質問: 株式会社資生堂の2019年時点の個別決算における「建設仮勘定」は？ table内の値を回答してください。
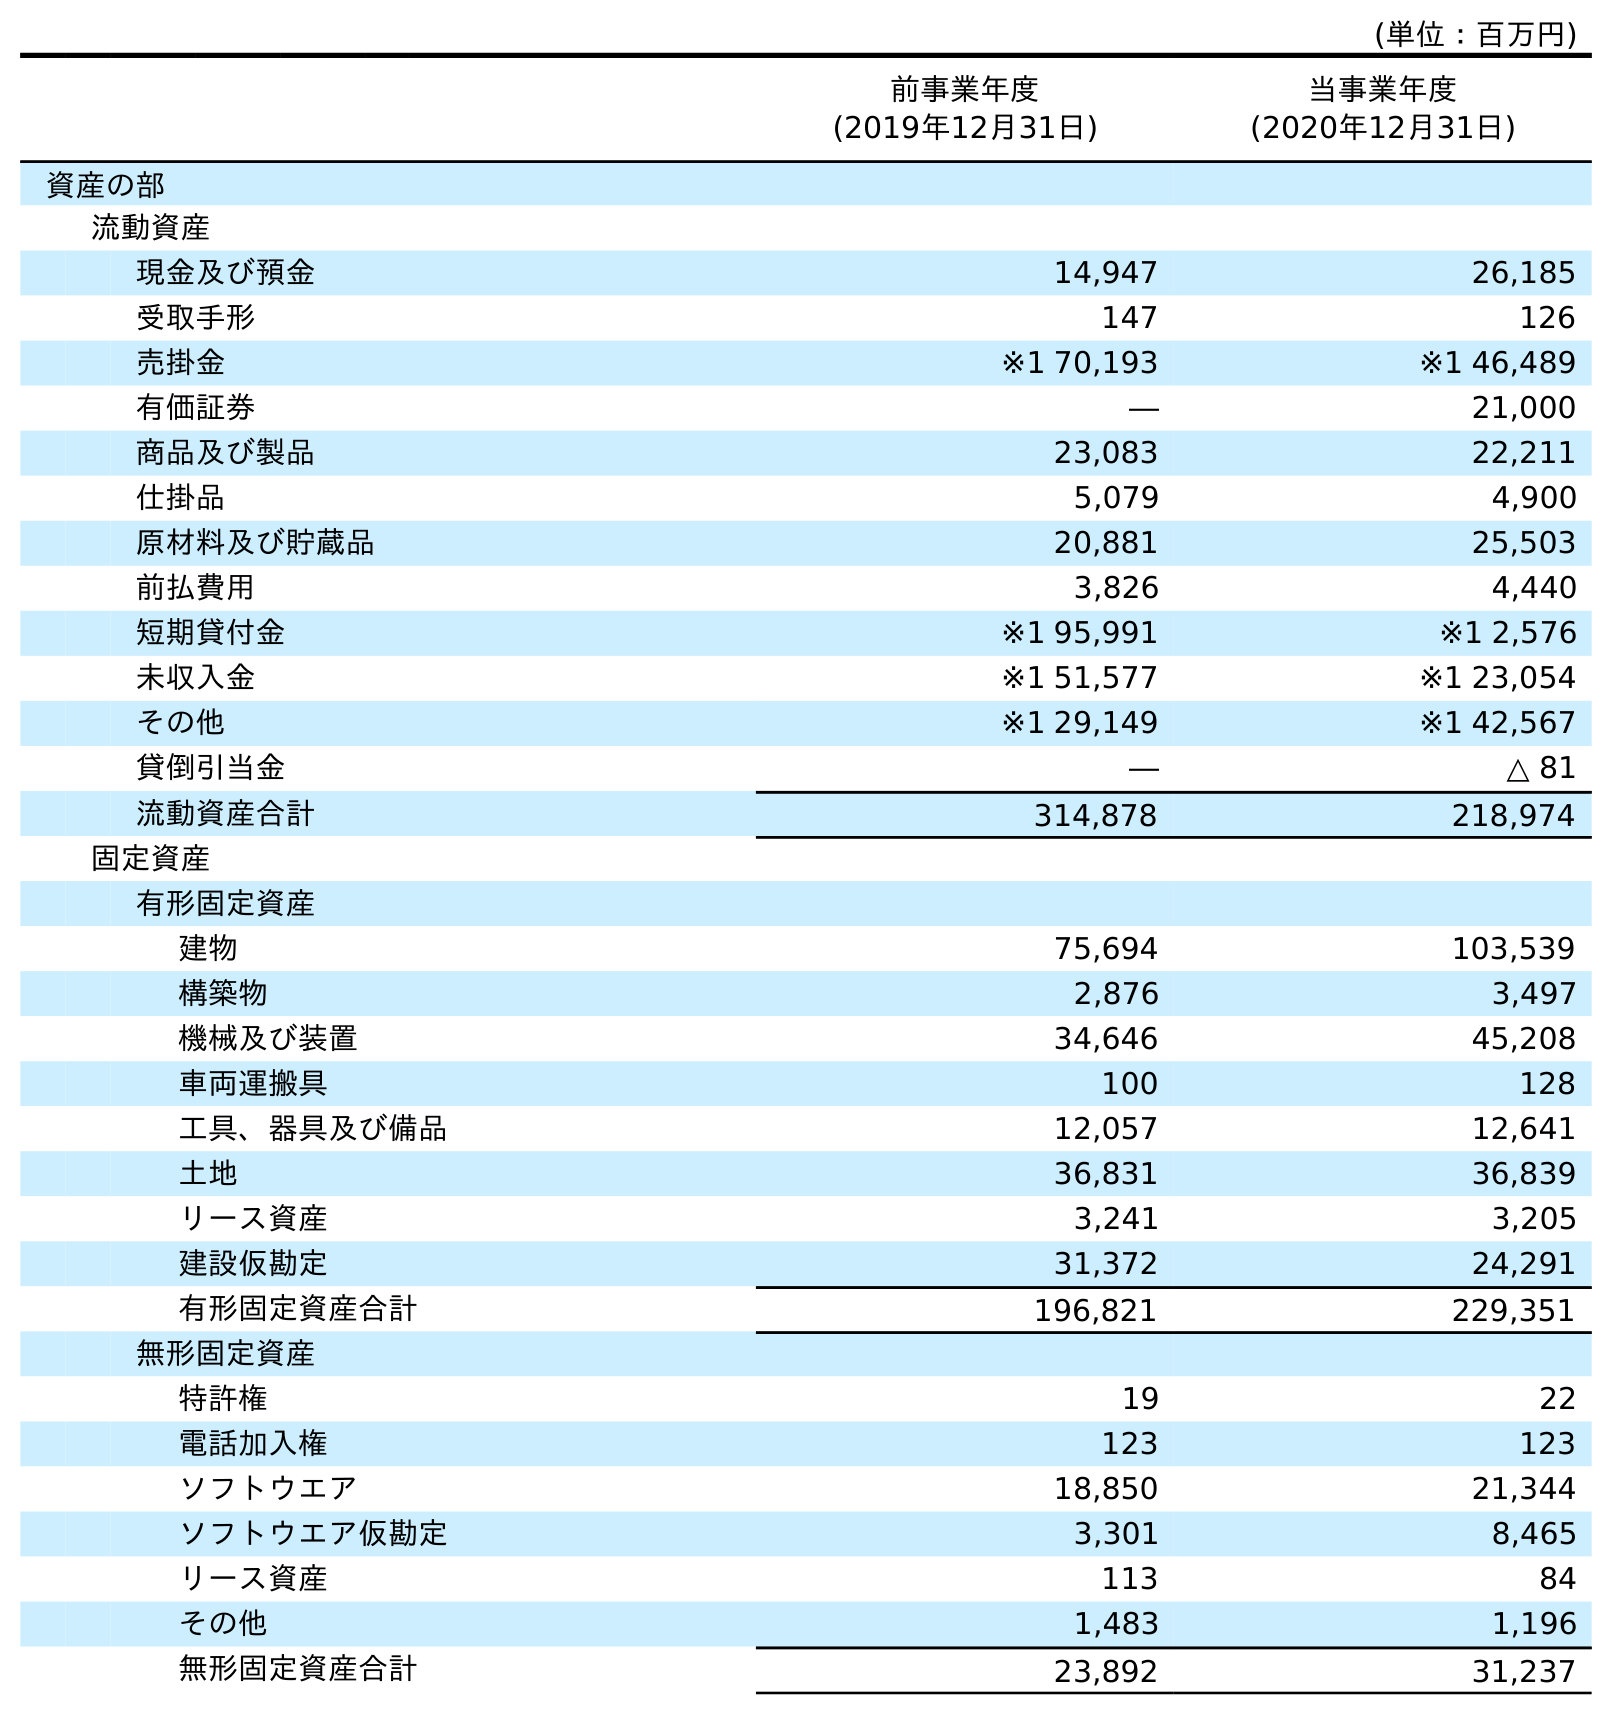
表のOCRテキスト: (単位：百万円) 前事業年度 (2019年12月31日) 当事業年度 (2020年12月31日) 資産の部 流動資産 現金及び預金 14,947 26,185 受取手形 147 126 売掛金 ※1 70,193 ※1 46,489 有価証券 ― 21,000 商品及び製品 23,083 22,211 仕掛品 5,079 4,900 原材料及び貯蔵品 20,881 25,503 前払費用 3,826 4,440 短期貸付金 ※1 95,991 ※1 2,576 未収入金 ※1 51,577 ※1 23,054 その他 ※1 29,149 ※1 42,567 貸倒引当金 ― △ 81 流動資産合計 314,878 218,974 固定資産 有形固定資産 建物 75,694 103,539 構築物 2,876 3,497 機械及び装置 34,646 45,208 車両運搬具 100 128 工具、器具及び備品 12,057 12,641 土地 36,831 36,839 リース資産 3,241 3,205 建設仮勘定 31,372 24,291 有形固定資産合計 196,821 229,351 無形固定資産 特許権 19 22 電話加入権 123 123 ソフトウエア 18,850 21,344 ソフトウエア仮勘定 3,301 8,465 リース資産 113 84 その他 1,483 1,196 無形固定資産合計 23,892 31,237
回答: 31,372